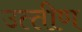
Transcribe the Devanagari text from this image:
उत्‍तीण